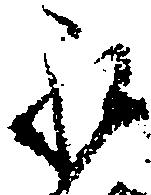
永